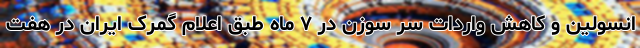
انسولین و کاهش واردات سر سوزن در ۷ ماه طبق اعلام گمرک ایران در هفت